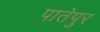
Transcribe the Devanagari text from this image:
पातेपुर